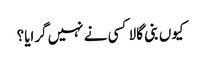
کیوں بنی گالا کسی نے نہیں گرایا؟